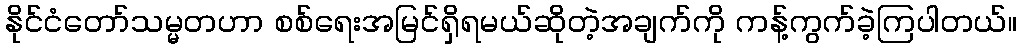
နိုင်ငံတော်သမ္မတဟာ စစ်ရေးအမြင်ရှိရမယ်ဆိုတဲ့အချက်ကို ကန့်ကွက်ခဲ့ကြပါတယ်။